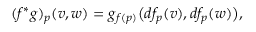
( f ^ { \ast } g ) _ { p } ( v , w ) = g _ { f ( p ) } { \big ( } d f _ { p } ( v ) , d f _ { p } ( w ) { \big ) } ,